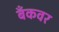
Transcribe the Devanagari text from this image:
बँकवर